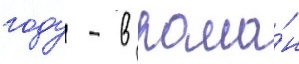
году - в рома́н